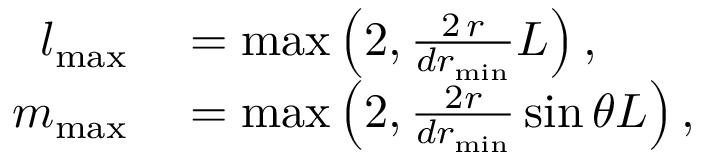
\begin{array} { r l } { l _ { \mathrm { m a x } } } & { { } = \operatorname* { m a x } \left( 2 , \frac { 2 \, r } { d r _ { \mathrm { m i n } } } { \cal L } \right) , } \\ { m _ { \mathrm { m a x } } } & { { } = \operatorname* { m a x } \left( 2 , \frac { 2 r } { d r _ { \mathrm { m i n } } } \sin { \theta } { \cal L } \right) , } \end{array}